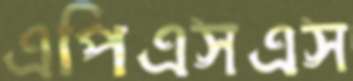
এপিএসএস